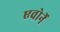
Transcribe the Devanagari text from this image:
एवोर्ने